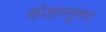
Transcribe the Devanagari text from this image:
कोडाम्तुरुत